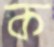
ক